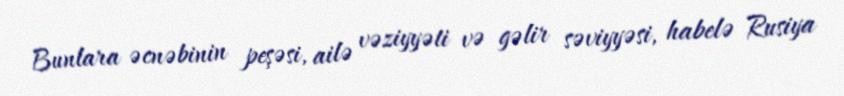
Bunlara əcnəbinin peşəsi, ailə vəziyyəti və gəlir səviyyəsi, habelə Rusiya